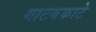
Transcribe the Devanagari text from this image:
गाटवकाटे